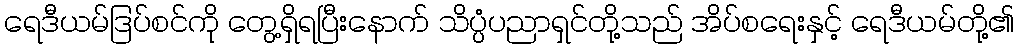
ရေဒီယမ်ဒြပ်စင်ကို တွေ့ရှိရပြီးနောက် သိပ္ပံပညာရှင်တို့သည် အိပ်စရေးနှင့် ရေဒီယမ်တို့၏